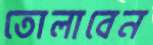
তোলাবেন